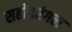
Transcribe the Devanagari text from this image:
सहोदरंगल